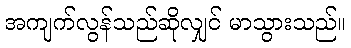
အကျက်လွန်သည်ဆိုလျှင် မာသွားသည်။